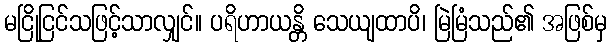
မငြိုငြင်သဖြင့်သာလျှင်။ ပရိဟာယန္တိ သေယျထာပိ၊ မြဲမြံသည်၏ အဖြစ်မှ